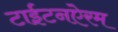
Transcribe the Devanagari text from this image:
टाईटनऐरम